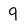
Character: 9